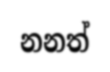
නනත්